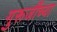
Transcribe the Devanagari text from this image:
गुरूजींच्या